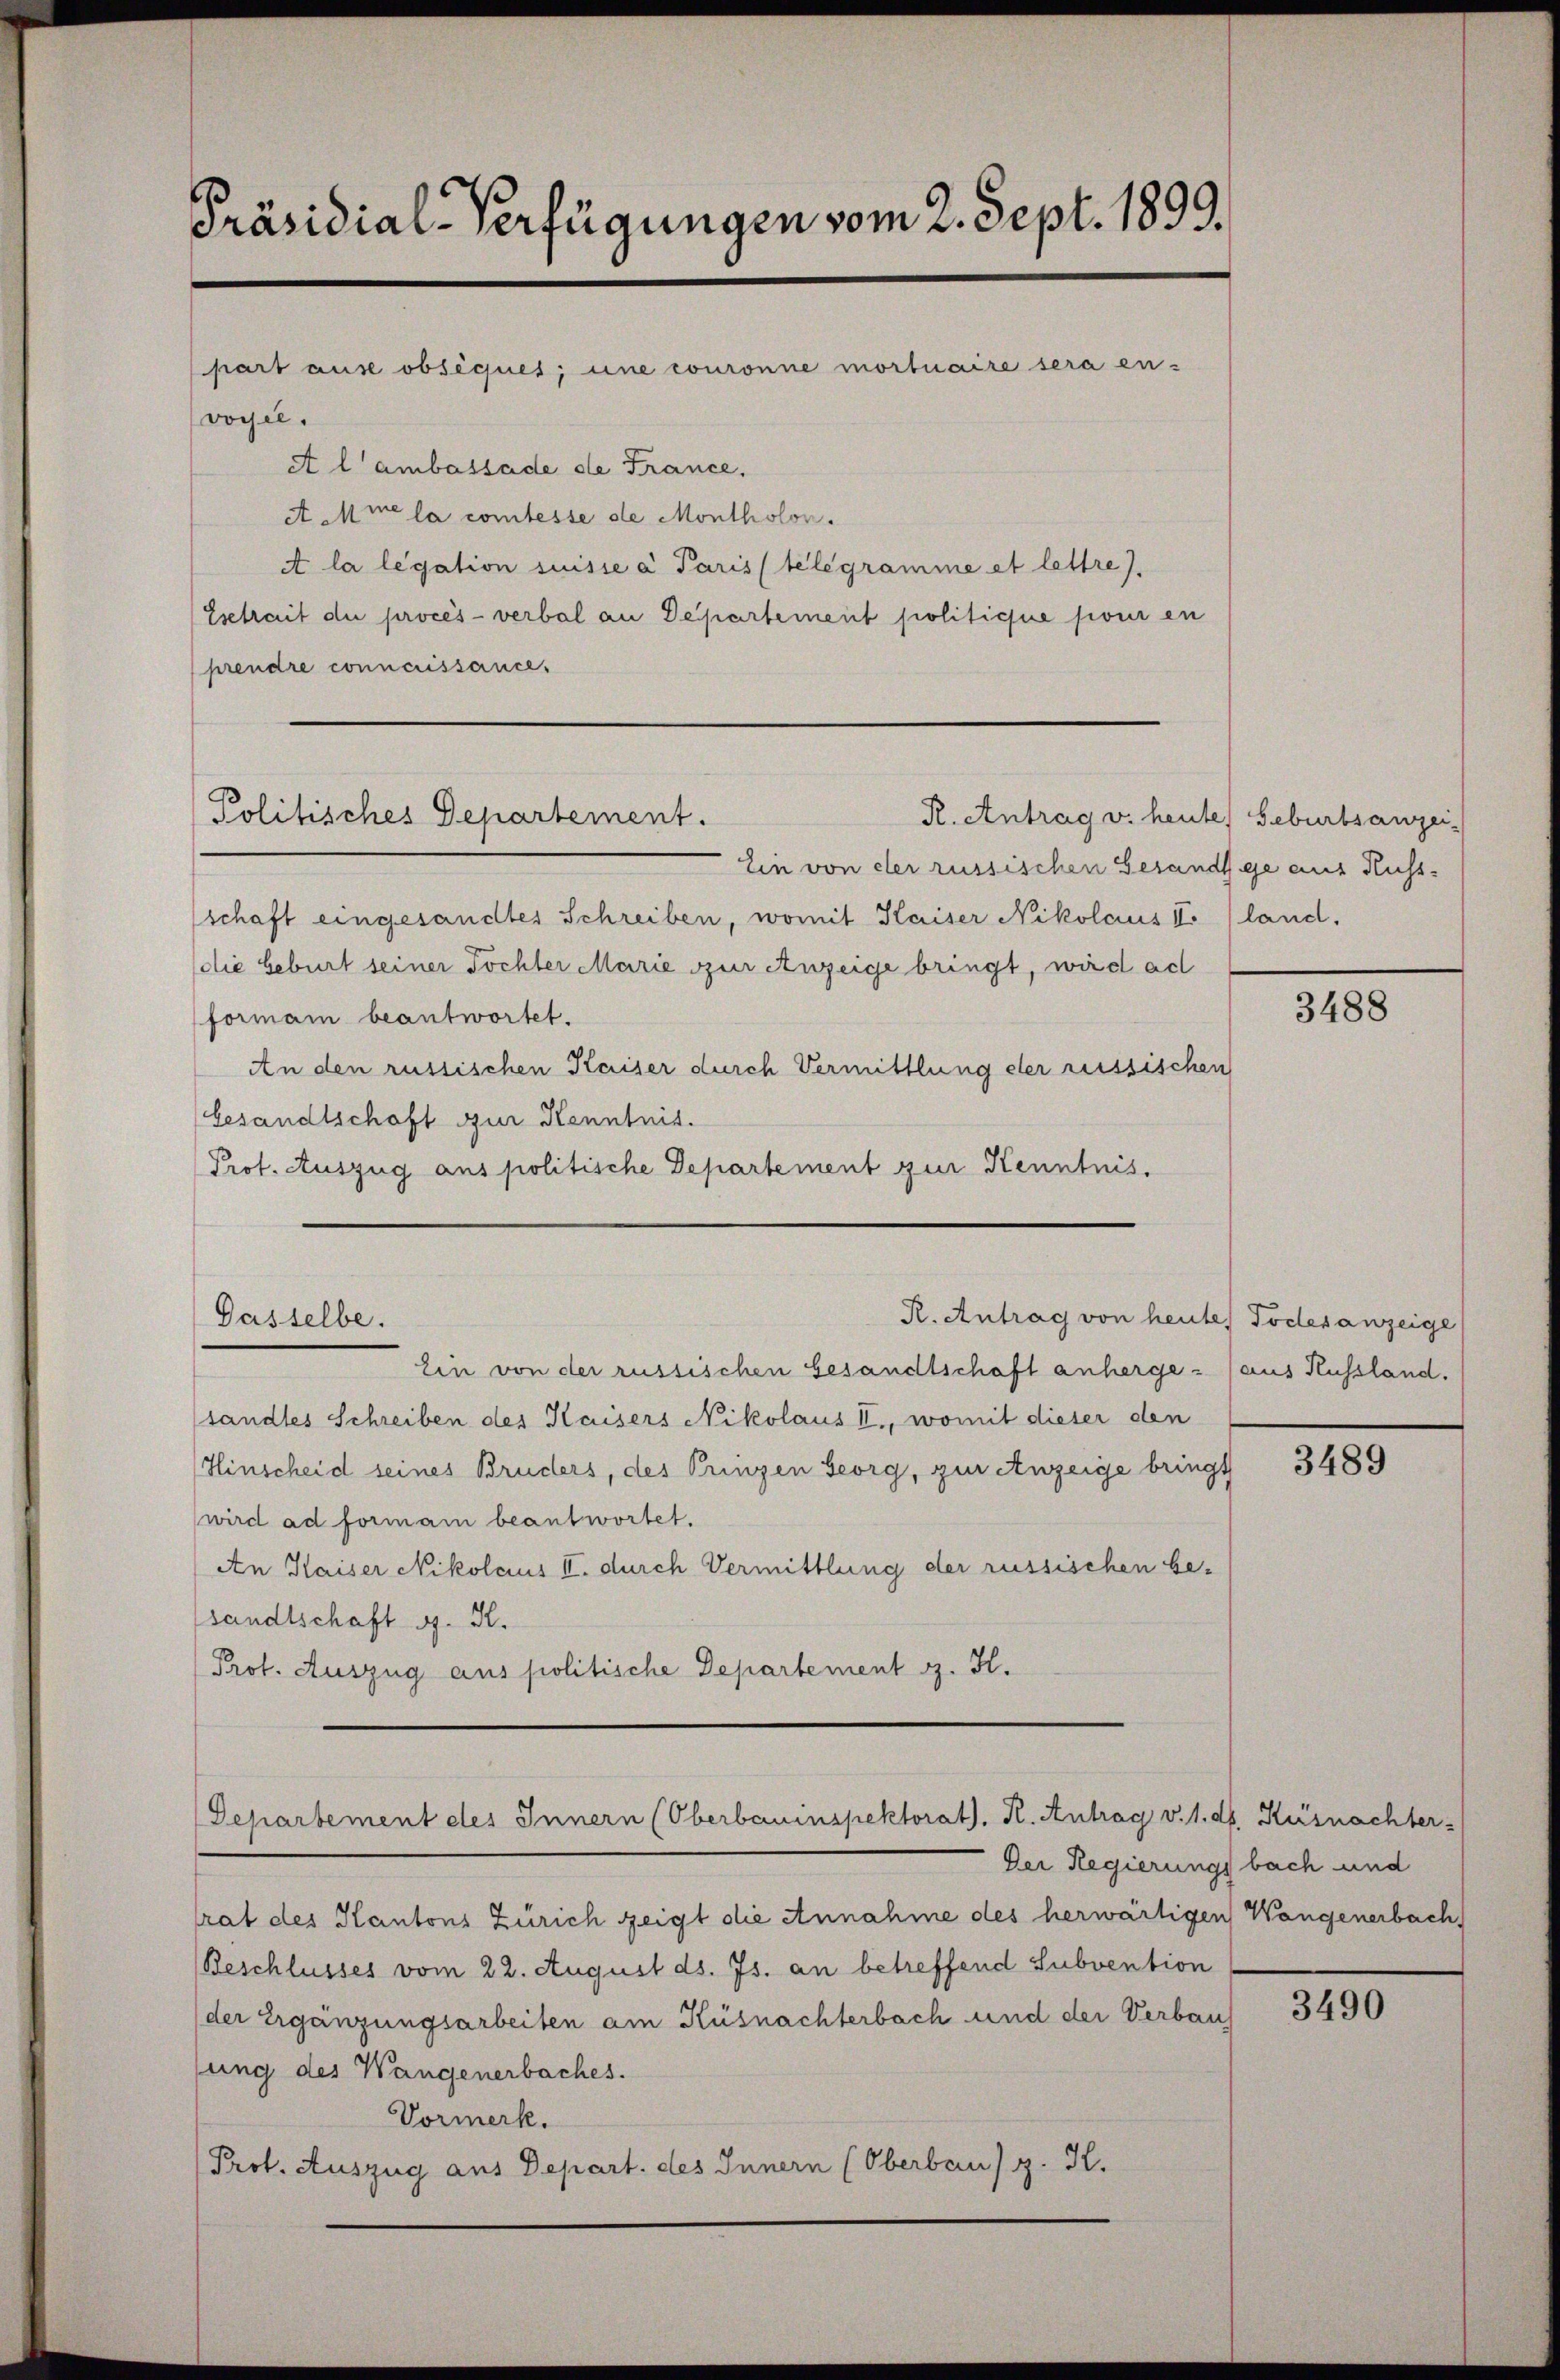
Präsidial-Verfügungen vom 2. Sept. 1899.
part ause obséques; une couronne mortuaire sera en-
vogel.
A l’ambassade de France.

A Mine la comtesse de Montholon.
A la legation suisse a Paris telegramme et lettre).
Esetrait du procès-verbal an Departement politique pour en
prendre connaissance.

Politisches Departement.
R. Antrag v. heute Geburtsanzei

Ein von der russischen Gesandtge aus Kuss-
schaft eingesandtes Schreiben, womit Kaiser Nikolaus I. (land,
die Geburt seiner Tochter Marie zur Anzeige bringt, wird all
formann beantwortet.
An den russischen Kaiser durch Vermittlung der russischen
Gesandtschaft zur Kenntnis.
Prof. Auszug aus politische Departement zur Kenntnis.

Passelbe.

Ein von der russischen Gesandtschaft anherge- (aus Kussland.
sandtes Schreiben des Kaisers Nikolaus II., womit dieser den
Hinscheid seines Bruders, des Prinzen Georg, zur Anzeige bringt
wird ad formann beantwortet.
An Kaiser Nikolaus II. durch Vermittlung der russischen be-
sandtschaft G. K.
Prof. Auszug aus politische Departement z. K.
Departement des Innern (Oberbauinspektorat), K. Antrag v. 1. dh. Küsnachter-
Der Regierungs bach und
trat des Kantons Zürich zeigt die Annahme des herwärtigen Wangenerbach,
Beschlusses vom 22. August ds. Js. an betreffend Subvention
(der Ergänzungsarbeiten am Küsnachterbach und der Verbaus
ung des Wangenerbaches.
Vormerk.
Prof. Auszug aus Depart. des Innern (Oberbau) z. K.

R. Antrag von heute Todesanzeige

3488

3489

3490